Report on horse surra - Volume I
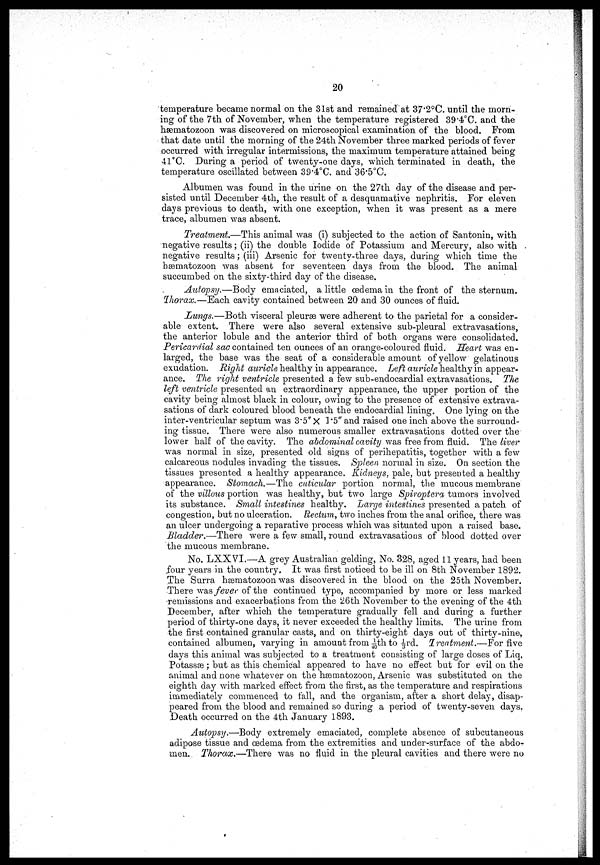
20
temperature became normal on the 31st and remained at 37.2˚C. until the morn
ing of the 7th of November, when the temperature registered 39.4˚C. and the
hæmatozoon was discovered on microscopical examination of the blood. From
that date until the morning of the 24th November three marked periods of fever
occurred with irregular intermissions, the maximum temperature attained being
41°C. During a period of twenty-one days, which terminated in death, the
temperature oscillated between 39.4°C. and 36.5°C.
Albumen was found in the urine on the 27th day of the disease and per
sisted until December 4th, the result of a desquamative nephritis. For eleven
days previous to death, with one exception, when it was present as a mere
trace, albumen was absent.
Treatment.—This animal was (i) subjected to the action of Santonin, with
negative results ; (ii) the double Iodide of Potassium and Mercury, also with
negative results ; (iii) Arsenic for twenty-three days, during which time the
bæmatozoon was absent for seventeen days from the blood. The animal
succumbed on the sixty-third day of the disease.
Autopsy.—Body emaciated, a little oedema in the front of the sternum.
Thorax.—Each cavity contained between 20 and 30 ounces of fluid.
Lungs.—Both visceral pleurae were adherent to the parietal for a consider
able extent. There were also several extensive sub-pleural extravasations,
the anterior lobule and the anterior third of both organs were consolidated.
Pericardial sac contained ten ounces of an orange-coloured fluid. Heart was en
larged, the base was the seat of a considerable amount of yellow gelatinous
exudation. Right auricle healthy in appearance. Left auricle healthy in appear
ance. The right ventricle presented a few sub-endocardial extravasations. The
left ventricle presented an extraordinary appearance, the upper portion of the
cavity being almost black in colour, owing to the presence of extensive extrava
sations of dark coloured blood beneath the endocardial lining. One lying on the
inter-ventricular septum was 3.5"X l.5"and raised one inch above the surround
ing tissue. There were also numerous smaller extravasations dotted over the
lower half of the cavity. The abdominal cavity was free from fluid. The liver
was normal in size, presented old signs of perihepatitis, together with a few
calcareous nodules invading the tissues. Spleen normal in size. On section the
tissues presented a healthy appearance. Kidneys, pale, but presented a healthy
appearance. Stomach.—The cuticular portion normal, the mucous membrane
of the villous portion was healthy, but two large Spiroptera tumors involved
its substance. Small intestines healthy. Large intestines presented a patch of
congestion, but no ulceration. Rectum, two inches from the anal orifice, there was
an ulcer undergoing a reparative process which was situated upon a raised base.
Badder.—There were a few small, round extravasations of blood dotted over
the mucous membrane.
No. LXXVI.—A grey Australian gelding, No. 328, aged 11 years, had been
four years in the country. It was first noticed to be ill on 8th November 1892.
The Surra hæmatozoon was discovered in the blood on the 25th November.
There was fever of the continued type, accompanied by more or less marked
remissions and exacerbations from the 26th November to the evening of the 4th
December, after which the temperature gradually fell and during a further
period of thirty-one days, it never exceeded the healthy limits. The urine from
the first contained granular casts, and on thirty-eight days out of thirty-nine,
contained albumen, varying in amount from 1/40th to ⅓rd. Treatment.—For five
days this animal was subjected to a treatment consisting of large doses of Liq.
Potassæ ; but as this chemical appeared to have no effect but for evil on the
animal and none whatever on the hæmatozoon, Arsenic was substituted on the
eighth day with marked effect from the first, as the temperature and respirations
immediately commenced to fall, and the organism, after a short delay, disap
peared from the blood and remained so during a period of twenty-seven days.
Death occurred on the 4th January 1893.
Autopsy.—Body extremely emaciated, complete absence of subcutaneous
adipose tissue and œdema from the extremities and under-surface of the abdo
men. Thorax.—There was no fluid in the pleural cavities and there were no